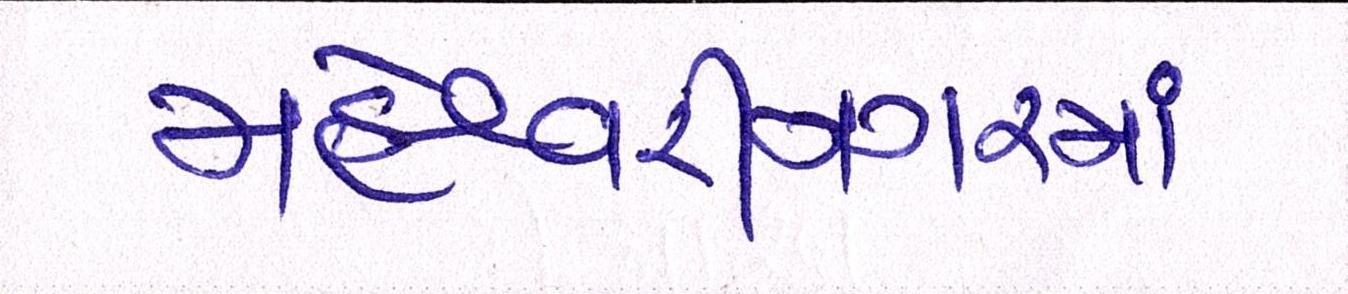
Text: મહેશ્વરીનગરમાં